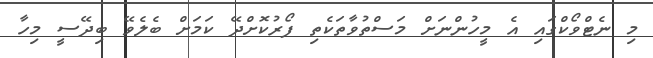
މި ނެޓްވޯކްގައި އެ މީހުންނަށް މަސްތުވާތަކެތި ފޯރުކޮށްދޭ ކަމަށް ބެލެވޭ ބިދޭސީ މިހާ